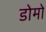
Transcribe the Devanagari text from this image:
डोमो